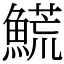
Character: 𩺊